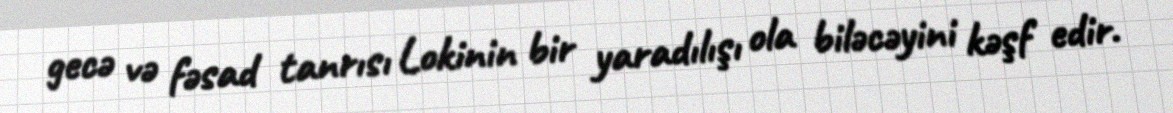
gecə və fəsad tanrısı Lokinin bir yaradılışı ola biləcəyini kəşf edir.